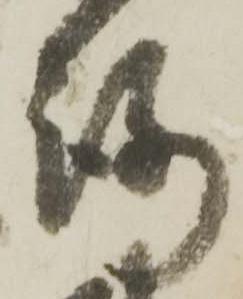
路